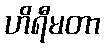
ဟိရီမတာ